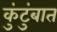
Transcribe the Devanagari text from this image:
कुंटुंबात